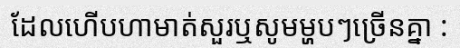
ដែលហើបហាមាត់សួរឬសូមម្ហបៗច្រើនគ្នា :